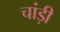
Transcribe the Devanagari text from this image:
चांड़ी